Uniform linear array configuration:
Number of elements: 24
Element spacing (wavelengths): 0.25
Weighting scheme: exponential
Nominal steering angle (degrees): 15
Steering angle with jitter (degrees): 16.563
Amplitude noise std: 0.05
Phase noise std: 0.05

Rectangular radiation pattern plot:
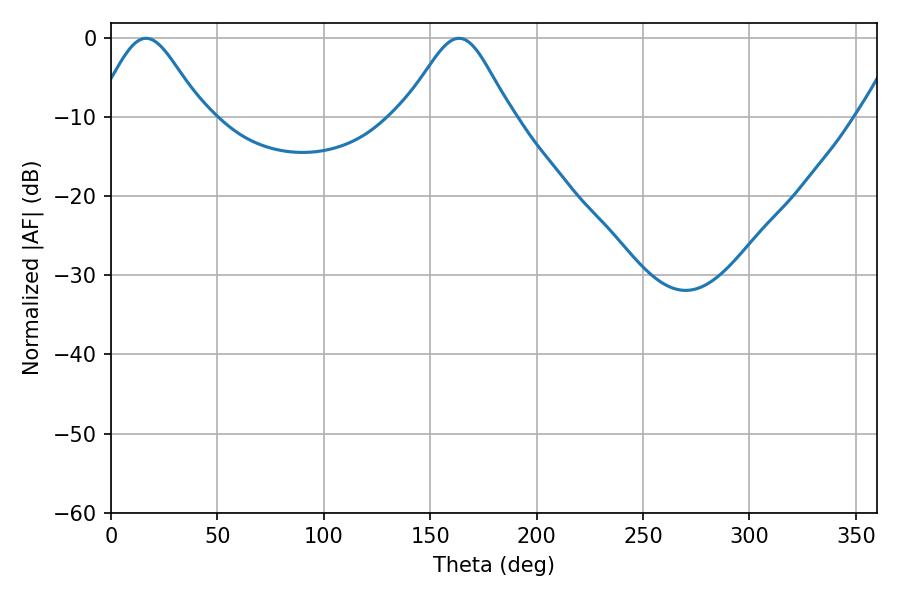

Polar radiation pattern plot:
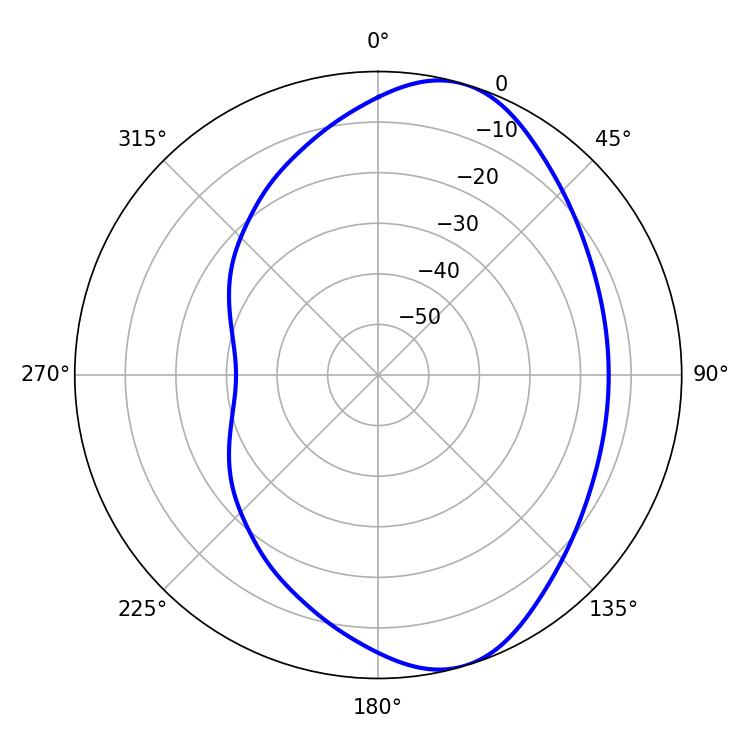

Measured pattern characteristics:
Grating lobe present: FALSE
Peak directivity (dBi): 7.594
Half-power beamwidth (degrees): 24.66
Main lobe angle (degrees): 16.38